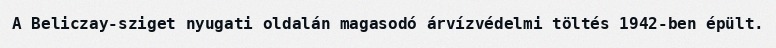
A Beliczay-sziget nyugati oldalán magasodó árvízvédelmi töltés 1942-ben épült.